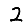
Digit: 2